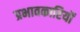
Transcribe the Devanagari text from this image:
प्रभावकारियों